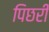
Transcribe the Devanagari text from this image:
पिछरी